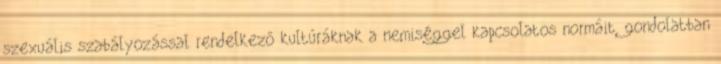
szexuális szabályozással rendelkező kultúráknak a nemiséggel kapcsolatos normáit, gondolatban